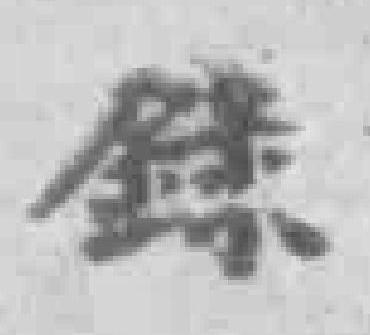
錄